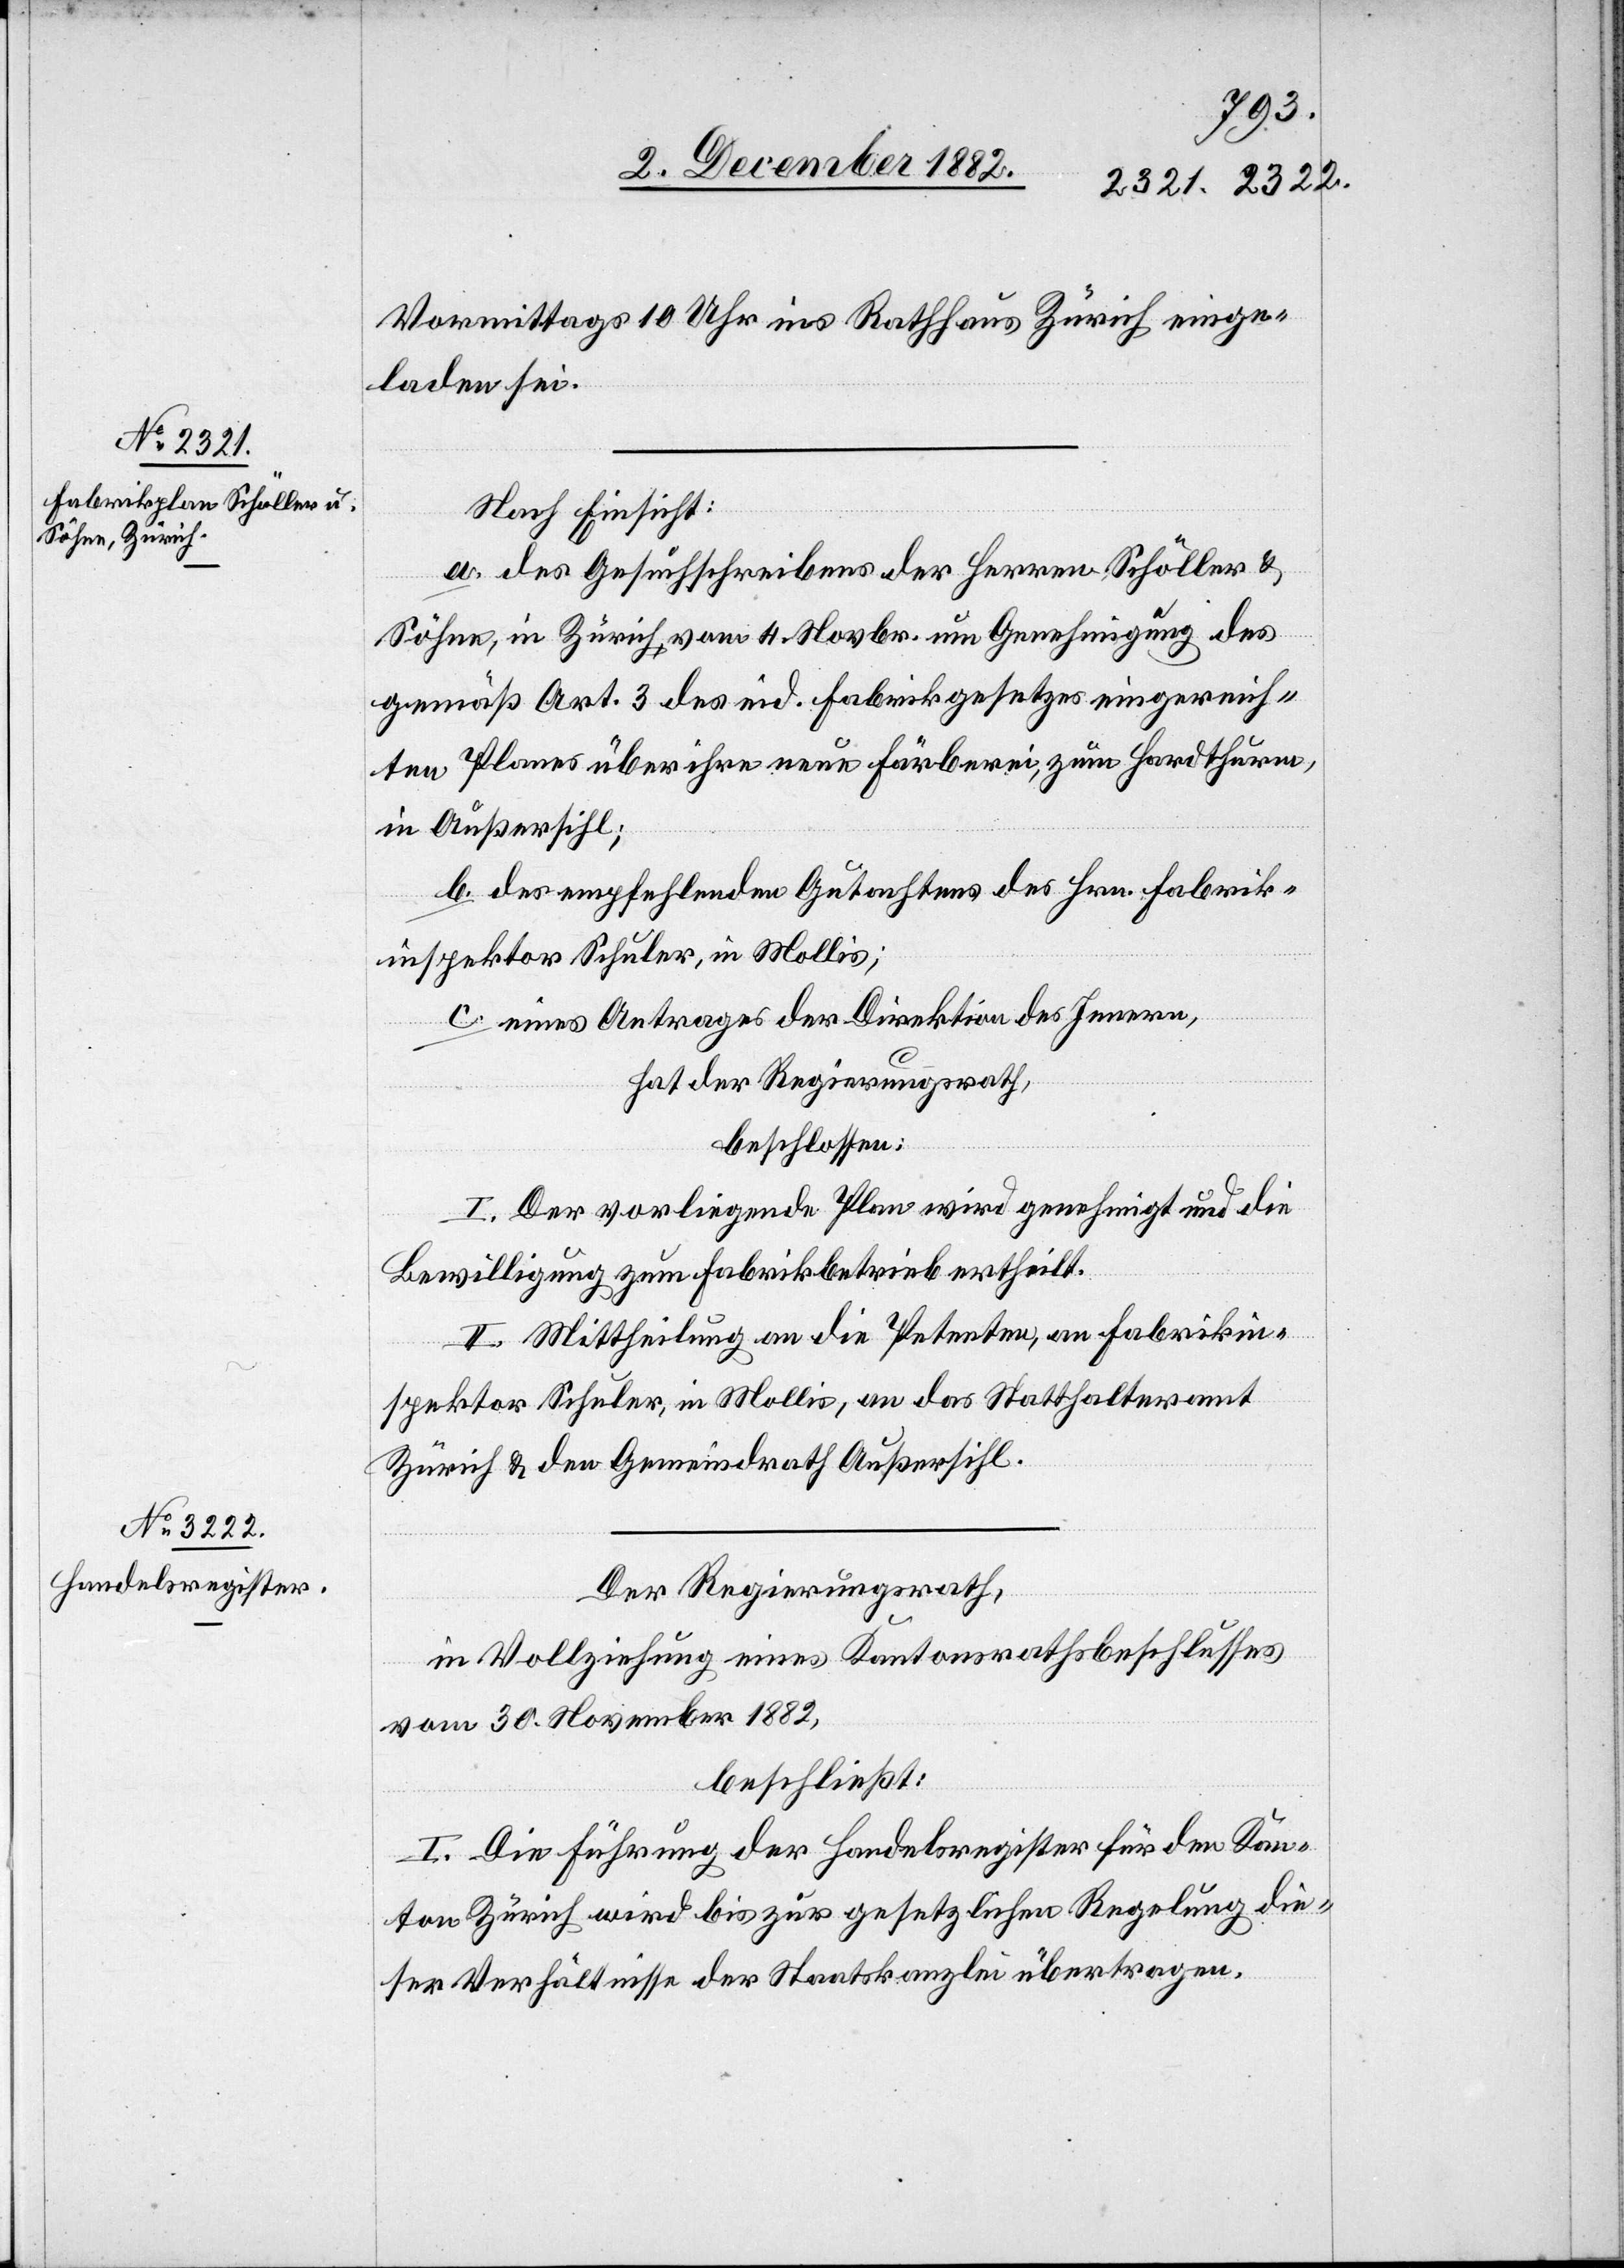
Vormittags 10 Uhr ins Rathhaus Zürich ge¬
laden sei.
Nach Einsicht:
a. des Gesuchschreibens der Herren Schöller &
Söhne, in Zürich, vom 4. Novbr. um Genehmigung des
gemäß Art. 3 des eid. Fabrikgesetzes eingereich¬
ten Planes über ihre neue Färberei, zum Hardthurm,
in Außersihl;
b. des empfehlenden Gutachtens des Hrn. Fabrik¬
inspektor Schuler, in Mollis;
c. eines Antrages der Direktion des Innern,
hat der Regierungsrath,
beschlossen:
I. Der vorliegende Plan wird genehmigt und die
Bewilligung zum Fabrikbetrieb ertheilt.
II. Mittheilung an die Petenten, an Fabrikin¬
spektor Schuler, in Mollis, an das Statthalteramt
Zürich & den Gemeindrath Außersihl.
Der Regierungsrath,
in Vollziehung eines Kantonsrathsbeschlusses
vom 30. November 1882,
beschließt:
I. Die Führung der Handelsregister für den Kan¬
ton Zürich wird bis zur gesetzlichen Regelung die¬
ser Verhältnisse der Staatskanzlei übertragen.